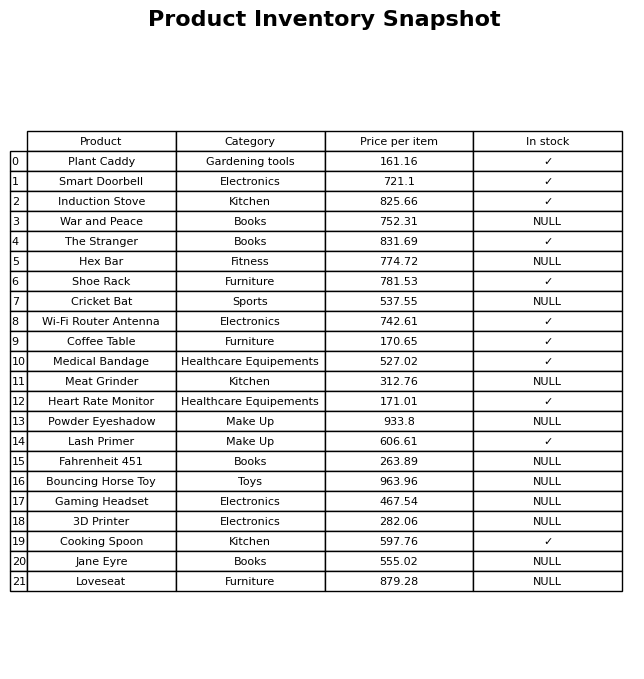
question: What is the price of the Plant Caddy?
answer: The price of Plant Caddy is 161.16.